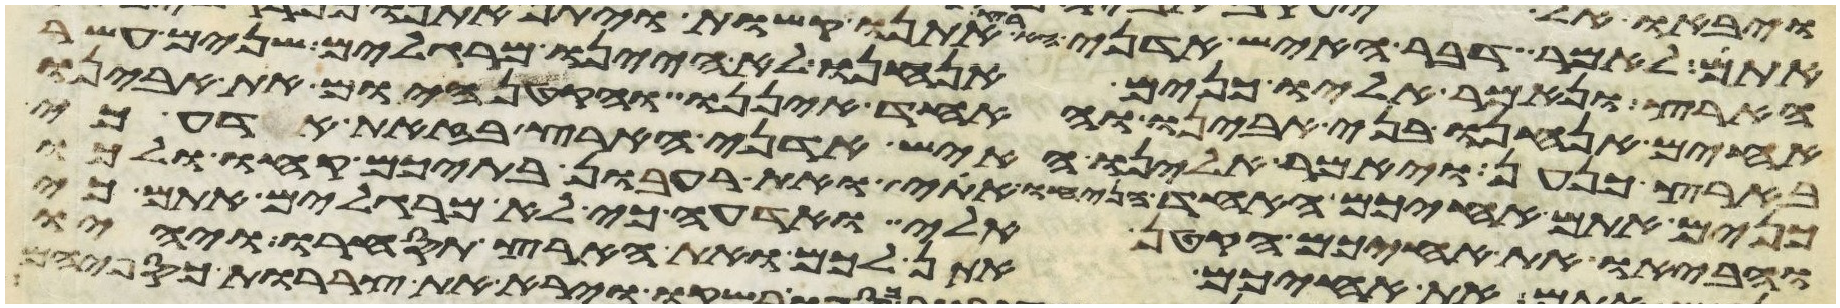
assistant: הארץ ונאמר אליו כנים אנחנו לא היינו מרגלים שנים עשר
אחים אנחנו בני אבינו והאחד איננו והקטן היום את אבינו
בארץ כנען ויאמר אלינו האיש אדני הארץ בזאת אדע כי
כנים אתם אחיכם האחד הניחו אתי ואת רעבון בתיכם קחו ולכו
והביאו את אחיכם הקטן אלי ואדעה כי לא מרגלים אתם כי